Vaccine operations Central Provinces & Berar 1912-1920 - 1912-1920
Year: 1912
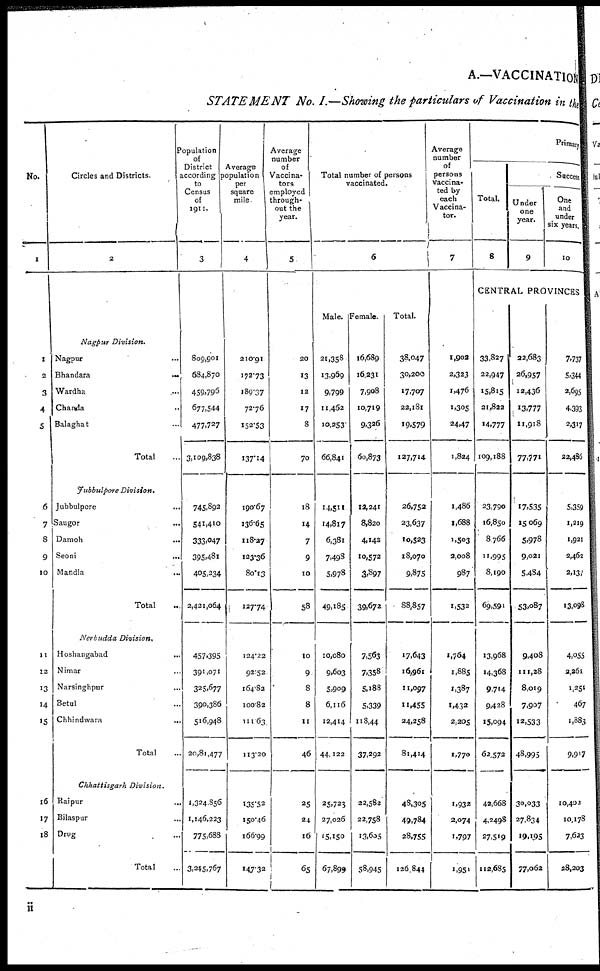
A.—VACCINATION
STATEMENT
No. I.—Showing the particulars of Vaccination in the
No.
1
1
2
3
4
5
6
7
8
9
10
11
12
13
14
15
16
17
18
Circles and Districts.
2
Nagpur
Division.
Nagpur ...
Bhandara ...
Wardha ...
Chanda ...
Balaghat
...
Total ...
Jubbulpore
Division.
Jubbulpore ...
Saugor ...
Damoh ...
Seoni
...
Mandla
...
Total ...
Nerbudda
Division.
Hoshangabad ...
Nimar ...
Narsinghpur ...
Betul ...
Chhindwara
...
Total ...
Chhattisgarh
Division.
Raipur
...
Bilaspur ...
Drug ...
Total ...
Population
of
District
according
to
Census
of
1911.
3
809,901
684,870
459,796
677,544
477,727
3,109,838
745,892
541,410
333,047
395,481
405,234
2,421,064
457,395
391,071
325,677
390,386
516,948
20,81,477
1,324.856
1,146,223
775,688
3,245,767
Average
Population
per
square
mile
4
210.91
172.73
189.37
72.76
152.53
137.14
190.67
136.65
118.27
123.36
80.13
127.74
124.22
92.52
164.82
100.82
111.63
113.20
135.52
150.46
166.99
147.32
Average
number
of
Vaccina-
tors
employed
through¬
out the
year.
5
20
13
12
17
8
70
18
14
7
9
10
58
10
9
8
8
11
46
25
24
16
65
Total number of persons
vaccinated.
6
Male.
21,358
13,969
9,799
11,462
10,253
66,841
14,511
14,817
6,381
7,493
5,978
49,185
10,080
9,603
5,909
6,116
12,414
44,122
25,723
27,026
15,150
67,899
Female.
16,689
16,231
7,908
10,719
9,326
60,873
12,241
8,820
4,142
10,572
3,897
39,672
7,563
7,358
5,188
5,339
118,44
37,292
22,582
22,758
13,605
58,945
Total.
38,047
30,200
17,707
22,181
19,579
127,714
26,752
23,637
10,523
18,070
9,875
88,857
17,643
16,961
11,097
11,455
24,258
81,414
48,305
49,784
28,755
126,844
Average
number
of
persons
vaccina-
ted by
each
Vaccina-
tor.
7
1,902
2,323
1,476
1,305
24,47
1,824
1,486
1,688
1,503
2,008
987
1,532
1,764
1,885
1,387
1,432
2,205
1,770
1,932
2,074
1,797
1,951
Primary
Total.
8
Success
Under
one
year.
9
One
and
under
six years.
10
CENTRAL PROVINCES
33,827
22,947
15,815
21,822
14,777
109,188
23,790
16,850
8,766
11,995
8,190
69,591
13,968
14,368
9,714
9,428
15,094
62,572
42,668
4,2498
27,519
112,685
22,683
26,957
12,436
13,777
11,918
77,771
17,535
15,069
5,978
9,021
5,484
53,087
9,408
111,28
8,019
7,907
12,533
48,995
30,033
27,834
19,195
77,062
7,737
5,344
2,695
4,393
2,317
22,486
5,359
1,219
1,921
2,462
2,137
13,098
4,055
2,261
1,251
467
1,883
9,917
10,402
10,178
7,623
28,203
ii